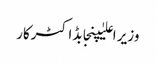
وزیر اعلیٰپنجابڈاکٹرکار